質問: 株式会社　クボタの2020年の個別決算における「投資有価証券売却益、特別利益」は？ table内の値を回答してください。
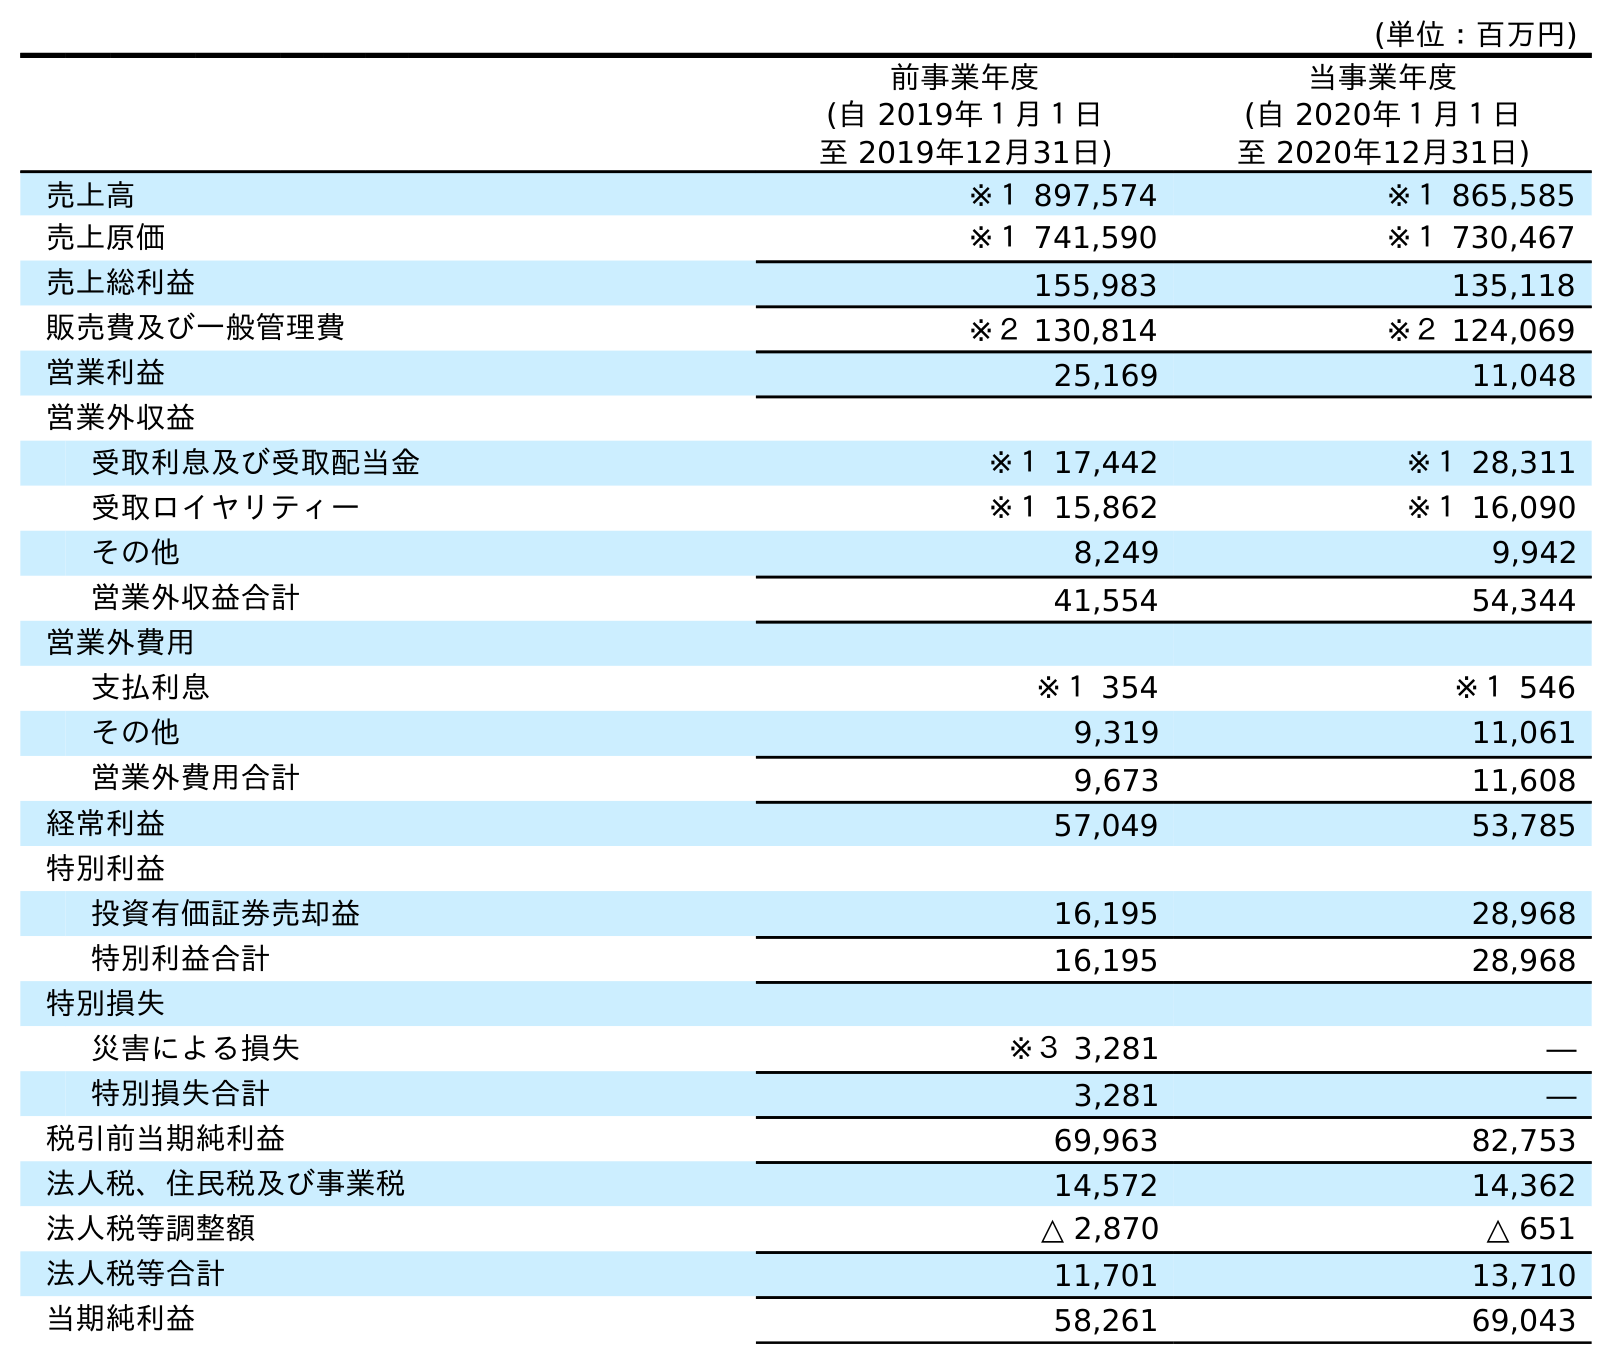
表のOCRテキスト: (単位：百万円) 前事業年度 (自 2019年１月１日 至 2019年12月31日) 当事業年度 (自 2020年１月１日 至 2020年12月31日) 売上高 ※１ 897,574 ※１ 865,585 売上原価 ※１ 741,590 ※１ 730,467 売上総利益 155,983 135,118 販売費及び一般管理費 ※２ 130,814 ※２ 124,069 営業利益 25,169 11,048 営業外収益 受取利息及び受取配当金 ※１ 17,442 ※１ 28,311 受取ロイヤリティー ※１ 15,862 ※１ 16,090 その他 8,249 9,942 営業外収益合計 41,554 54,344 営業外費用 支払利息 ※１ 354 ※１ 546 その他 9,319 11,061 営業外費用合計 9,673 11,608 経常利益 57,049 53,785 特別利益 投資有価証券売却益 16,195 28,968 特別利益合計 16,195 28,968 特別損失 災害による損失 ※３ 3,281 ― 特別損失合計 3,281 ― 税引前当期純利益 69,963 82,753 法人税、住民税及び事業税 14,572 14,362 法人税等調整額 △ 2,870 △ 651 法人税等合計 11,701 13,710 当期純利益 58,261 69,043
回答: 28,968